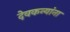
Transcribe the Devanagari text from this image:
देवकन्यांना